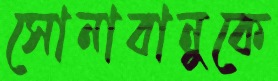
সোনাবানুকে